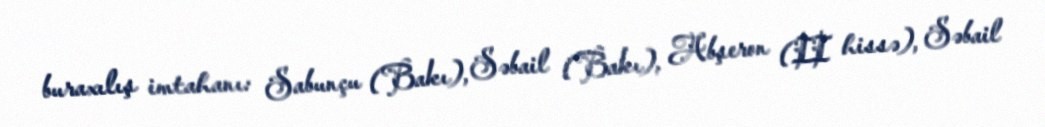
buraxılış imtahanı: Sabunçu (Bakı), Səbail (Bakı), Abşeron (II hissə), Səbail